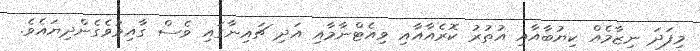
މިފަދަ ނިޒާމެއް ކިޔުބާއާއި އުތުރު ކޮރެއާއާއި ވިއެޓްނާމާއި އަދި ޗައިނާގައި ވެސް ގާއިމުވެގެންދިޔައެވެ.